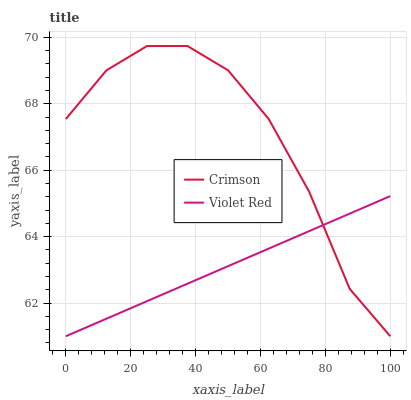
| xaxis_label | Crimson | Violet Red |
 | --- | --- | --- |
 | 0 | 67.5 | 61 |
 | 12.5 | 69 | 61.5 |
 | 25 | 69.7 | 62.1 |
 | 37.5 | 69.7 | 62.6 |
 | 50 | 69 | 63.1 |
 | 62.5 | 67.5 | 63.6 |
 | 75 | 65.4 | 64.2 |
 | 87.5 | 62.4 | 64.7 |
 | 100 | 61 | 65.2 |